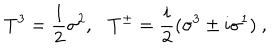
LaTeX: T ^ { 3 } = \frac { 1 } { 2 } \sigma ^ { 2 } , T ^ { \pm } = \frac { i } { 2 } ( \sigma ^ { 3 } \pm i \sigma ^ { 1 } ) ~ ,